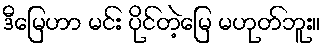
ဒီမြေဟာ မင်း ပိုင်တဲ့မြေ မဟုတ်ဘူး။